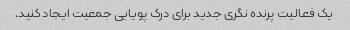
یک فعالیت پرنده نگری جدید برای درک پویایی جمعیت ایجاد کنید.